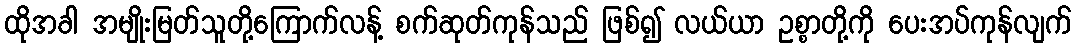
ထိုအခါ အမျိုးမြတ်သူတို့ကြောက်လန့် စက်ဆုတ်ကုန်သည် ဖြစ်၍ လယ်ယာ ဥစ္စာတို့ကို ပေးအပ်ကုန်လျက်